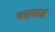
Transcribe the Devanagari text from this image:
वरासत